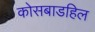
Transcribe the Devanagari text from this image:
कोसबाडहिल